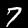
Label: 7